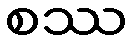
စဿ